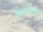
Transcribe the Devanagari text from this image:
बोबरलेम्टक्प